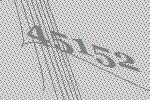
45152